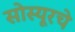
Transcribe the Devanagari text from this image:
सोस्यूरचे